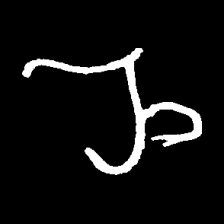
Pyu character \u2014 Myanmar letter: ည (romanized: nya)